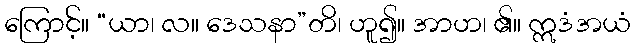
ကြောင့်။ “ယာ၊ လ။ ဒေသနာ”တိ၊ ဟူ၍။ အာဟ၊ ၏။ ဣဒံအယံ